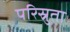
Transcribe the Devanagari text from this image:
परिस्रुता